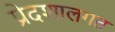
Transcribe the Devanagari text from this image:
प्रेदशालगत